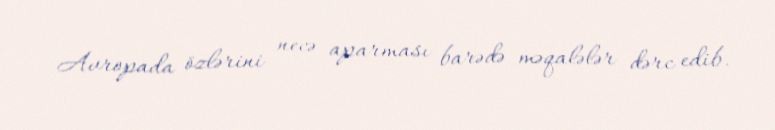
Avropada özlərini necə aparması barədə məqalələr dərc edib.